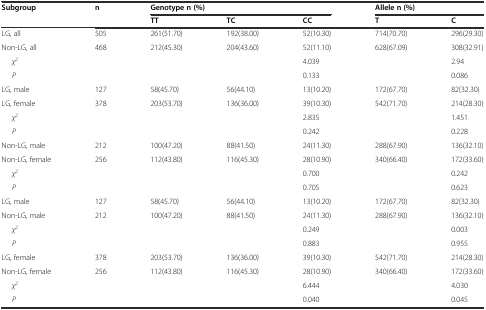
<table><thead><tr><td rowspan="2"><b>Subgroup</b></td><td rowspan="2"><b>n</b></td><td colspan="3"><b>Genotype n (%)</b></td><td colspan="2"><b>Allele n (%)</b></td></tr><tr><td><b>TT</b></td><td><b>TC</b></td><td><b>CC</b></td><td><b>T</b></td><td><b>C</b></td></tr></thead><tbody><tr><td>LG, all</td><td>505</td><td>261(51.70)</td><td>192(38.00)</td><td>52(10.30)</td><td>714(70.70)</td><td>296(29.30)</td></tr><tr><td>Non-LG, all</td><td>468</td><td>212(45.30)</td><td>204(43.60)</td><td>52(11.10)</td><td>628(67.09)</td><td>308(32.91)</td></tr><tr><td><i>χ</i><sup><i>2</i></sup></td><td></td><td></td><td></td><td>4.039</td><td></td><td>2.94</td></tr><tr><td><i>P</i></td><td></td><td></td><td></td><td>0.133</td><td></td><td>0.086</td></tr><tr><td>LG, male</td><td>127</td><td>58(45.70)</td><td>56(44.10)</td><td>13(10.20)</td><td>172(67.70)</td><td>82(32.30)</td></tr><tr><td>LG, female</td><td>378</td><td>203(53.70)</td><td>136(36.00)</td><td>39(10.30)</td><td>542(71.70)</td><td>214(28.30)</td></tr><tr><td><i>χ</i><sup><i>2</i></sup></td><td></td><td></td><td></td><td>2.835</td><td></td><td>1.451</td></tr><tr><td><i>P</i></td><td></td><td></td><td></td><td>0.242</td><td></td><td>0.228</td></tr><tr><td>Non-LG, male</td><td>212</td><td>100(47.20)</td><td>88(41.50)</td><td>24(11.30)</td><td>288(67.90)</td><td>136(32.10)</td></tr><tr><td>Non-LG, female</td><td>256</td><td>112(43.80)</td><td>116(45.30)</td><td>28(10.90)</td><td>340(66.40)</td><td>172(33.60)</td></tr><tr><td><i>χ</i><sup><i>2</i></sup></td><td></td><td></td><td></td><td>0.700</td><td></td><td>0.242</td></tr><tr><td><i>P</i></td><td></td><td></td><td></td><td>0.705</td><td></td><td>0.623</td></tr><tr><td>LG, male</td><td>127</td><td>58(45.70)</td><td>56(44.10)</td><td>13(10.20)</td><td>172(67.70)</td><td>82(32.30)</td></tr><tr><td>Non-LG, male</td><td>212</td><td>100(47.20)</td><td>88(41.50)</td><td>24(11.30)</td><td>288(67.90)</td><td>136(32.10)</td></tr><tr><td><i>χ</i><sup><i>2</i></sup></td><td></td><td></td><td></td><td>0.249</td><td></td><td>0.003</td></tr><tr><td><i>P</i></td><td></td><td></td><td></td><td>0.883</td><td></td><td>0.955</td></tr><tr><td>LG, female</td><td>378</td><td>203(53.70)</td><td>136(36.00)</td><td>39(10.30)</td><td>542(71.70)</td><td>214(28.30)</td></tr><tr><td>Non-LG, female</td><td>256</td><td>112(43.80)</td><td>116(45.30)</td><td>28(10.90)</td><td>340(66.40)</td><td>172(33.60)</td></tr><tr><td><i>χ</i><sup><i>2</i></sup></td><td></td><td></td><td></td><td>6.444</td><td></td><td>4.030</td></tr><tr><td><i>P</i></td><td></td><td></td><td></td><td>0.040</td><td></td><td>0.045</td></tr></tbody></table>